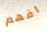
افهم